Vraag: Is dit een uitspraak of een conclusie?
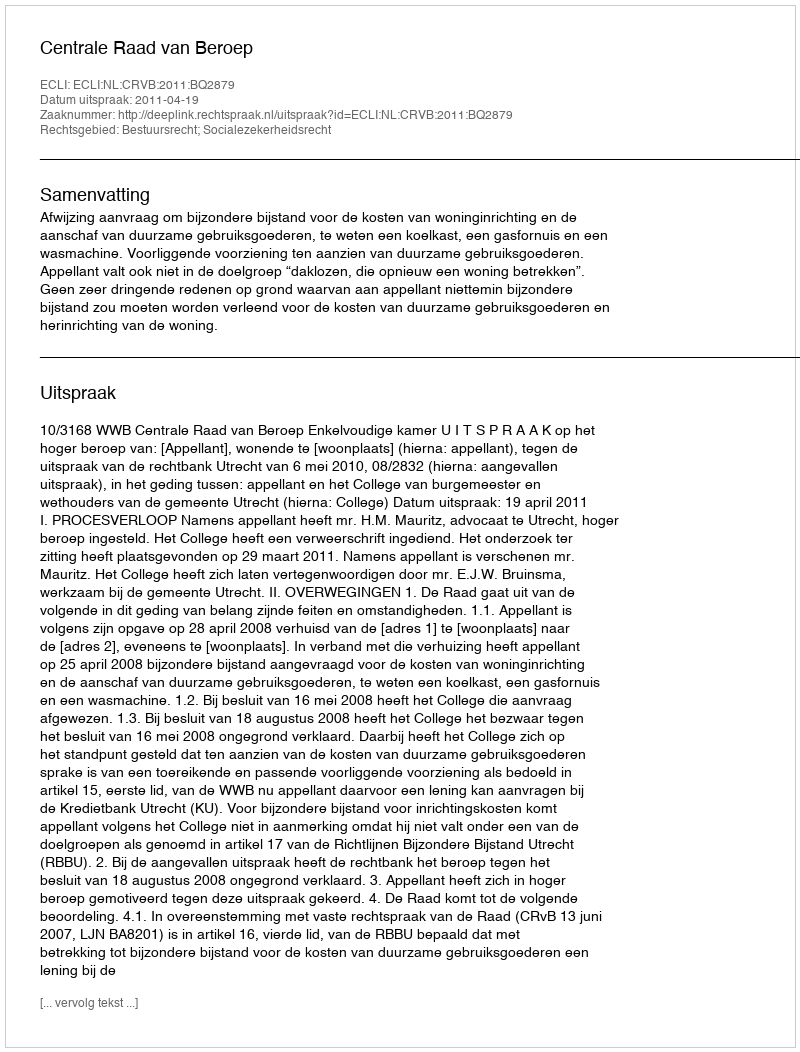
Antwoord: Uitspraak